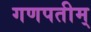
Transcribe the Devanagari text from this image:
गणपतीम्